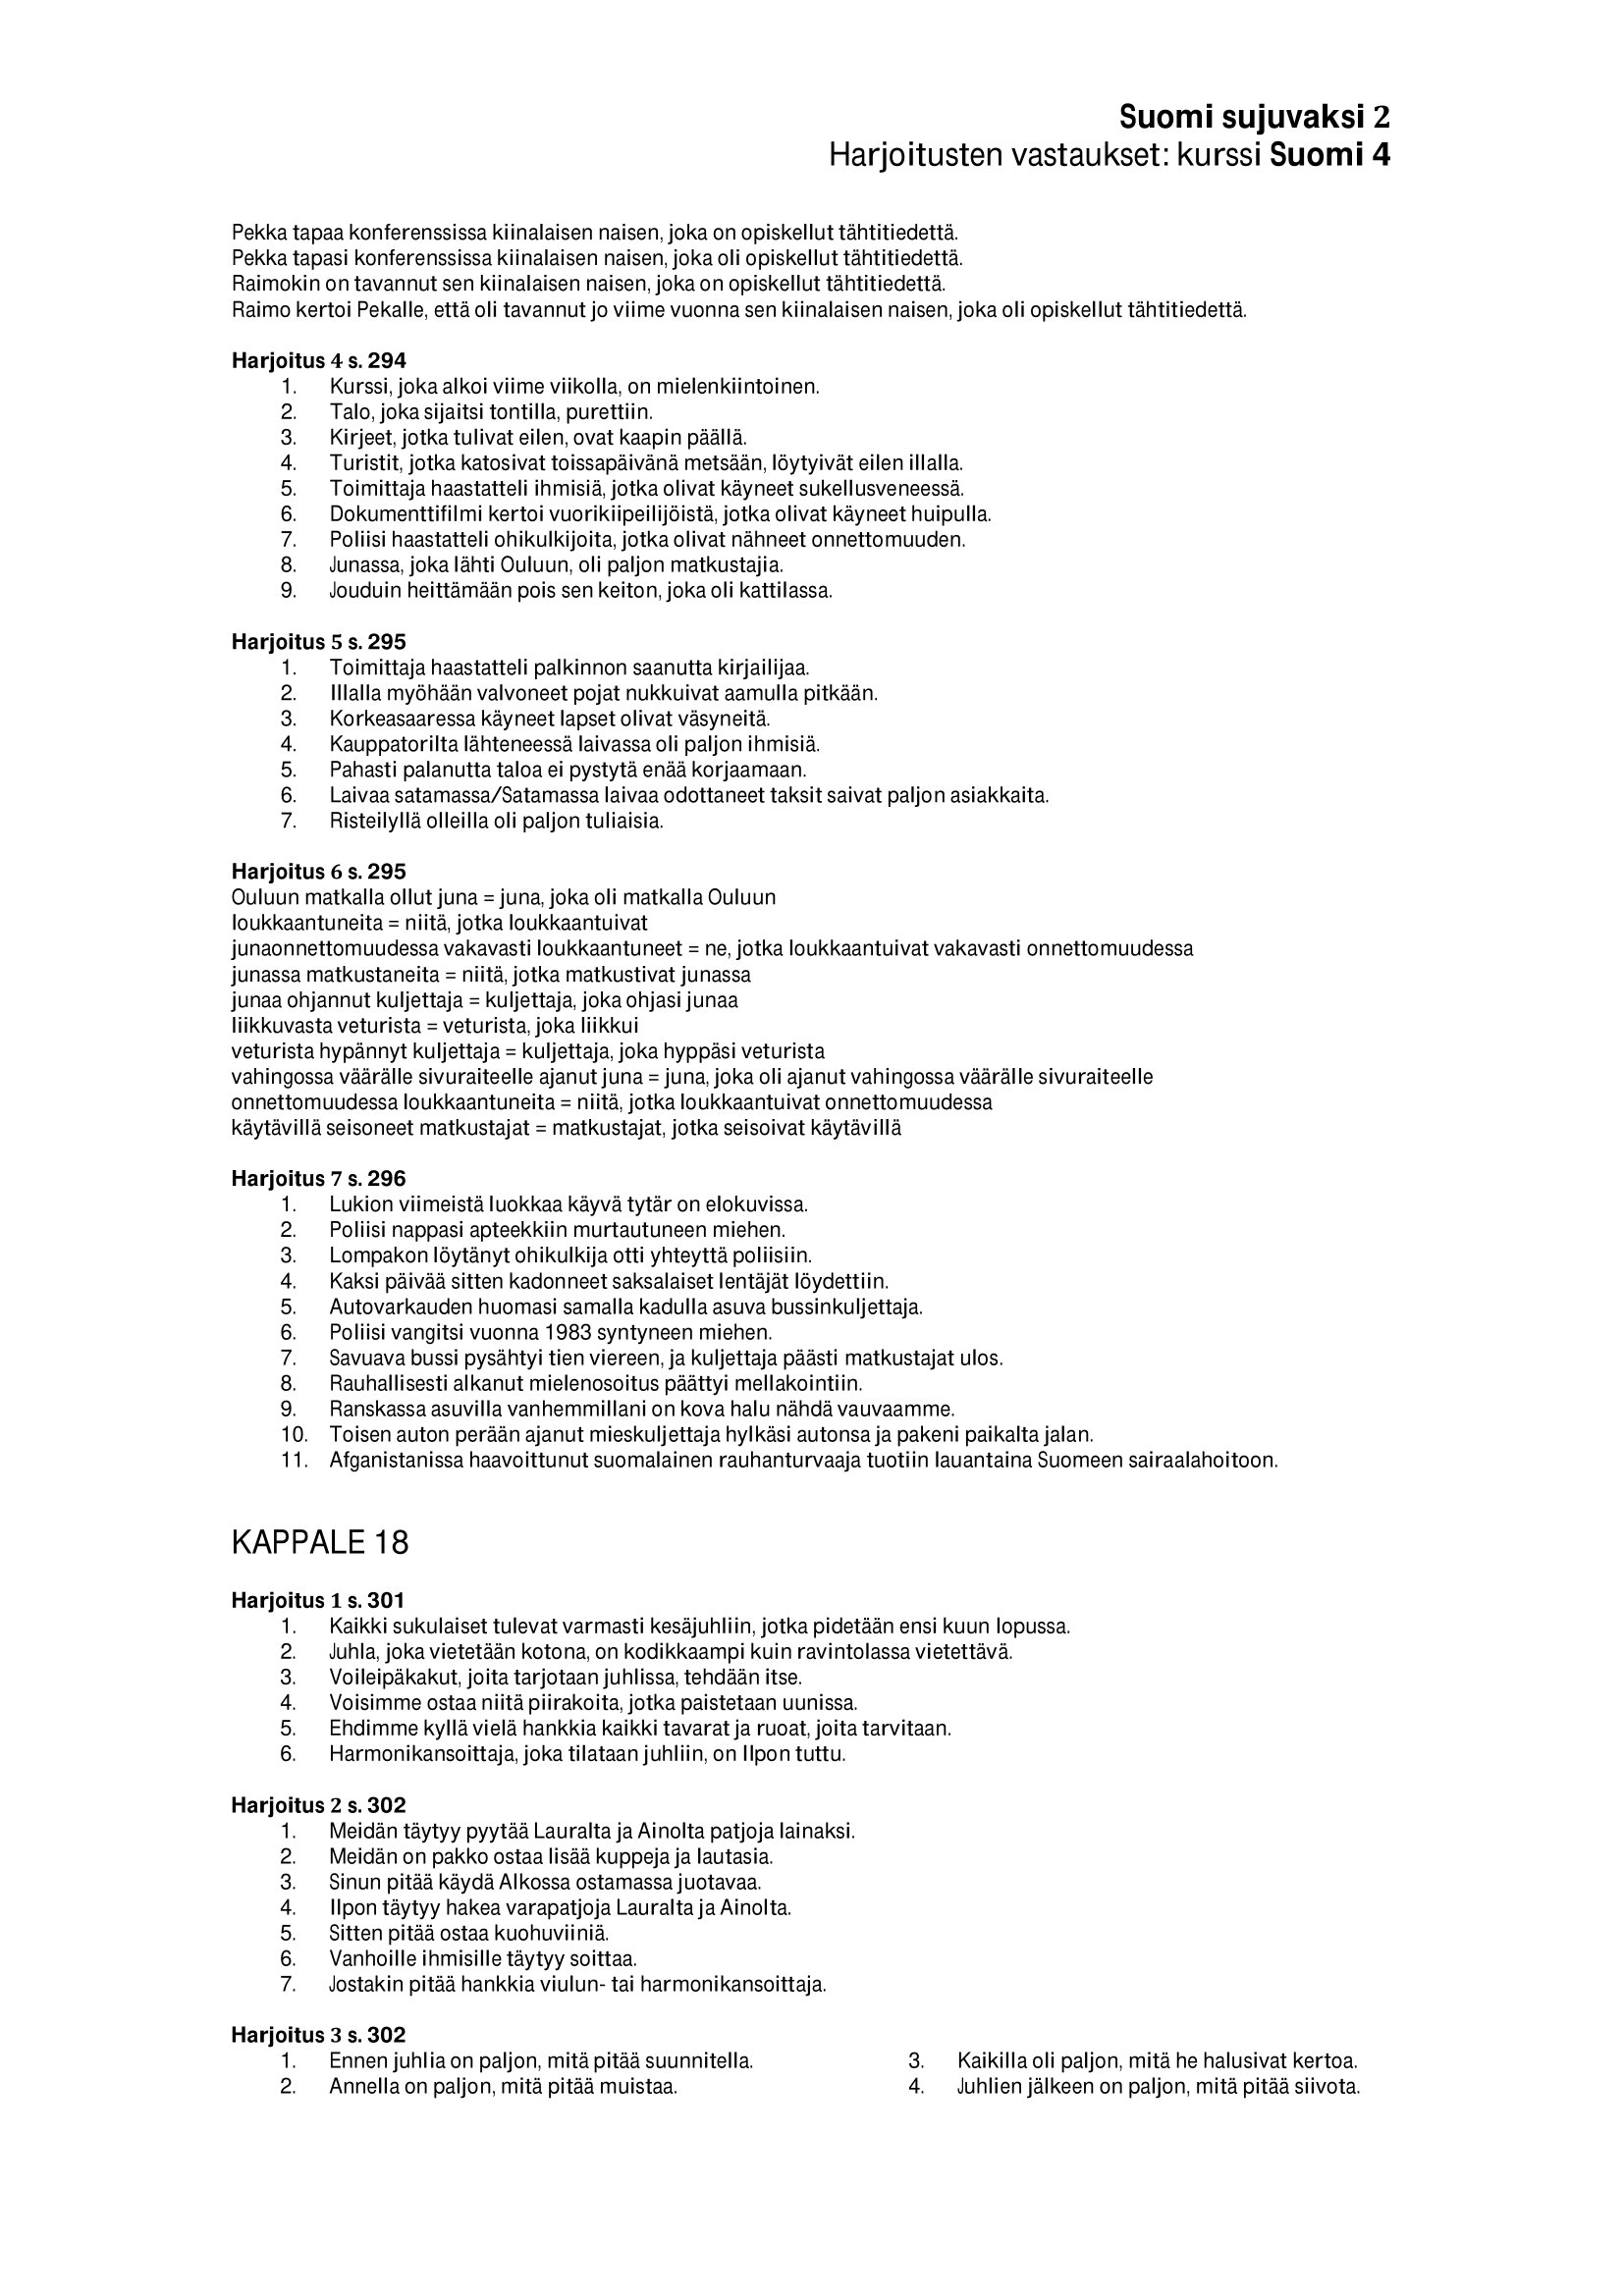
Language: fn